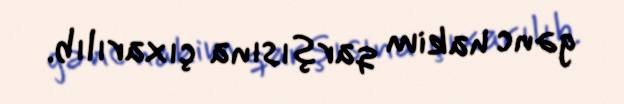
gənc hakim qarşısına çıxarılıb.